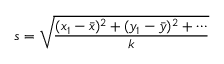
s = { \sqrt { \frac { ( x _ { 1 } - { \bar { x } } ) ^ { 2 } + ( y _ { 1 } - { \bar { y } } ) ^ { 2 } + \cdots } { k } } }